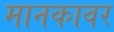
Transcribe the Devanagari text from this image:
मानकावर